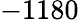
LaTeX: -1180